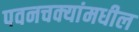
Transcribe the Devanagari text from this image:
पवनचक्यांमधील